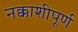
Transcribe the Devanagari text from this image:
नक्काशीपूर्ण